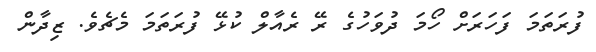
ފުރަތަމަ ފަހަރަށް ހޯމަ ދުވަހުގެ ރޭ ރެއާލް ކުޅޭ ފުރަތަމަ މެޗެވެ. ޒިދާން